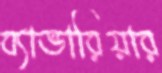
ব্যাভারিয়ার